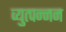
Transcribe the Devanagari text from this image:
व्युत्पन्नन